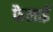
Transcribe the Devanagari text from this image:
फैलाईं